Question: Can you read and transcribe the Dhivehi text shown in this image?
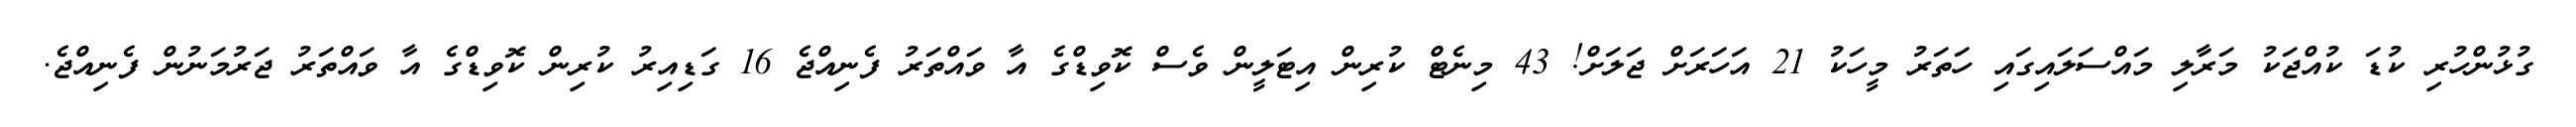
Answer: ގުޅުންހުރި ކުޑަ ކުއްޖަކު މަރާލި މައްސަލައިގައި ހަތަރު މީހަކު 21 އަހަރަށް ޖަލަށް! 43 މިނެޓް ކުރިން އިޓަލީން ވެސް ކޮވިޑްގެ އާ ވައްތަރު ފެނިއްޖެ 16 ގަޑިއިރު ކުރިން ކޮވިޑްގެ އާ ވައްތަރު ޖަރުމަނުން ފެނިއްޖެ.